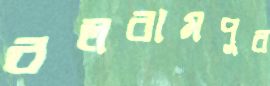
বলরামপুর